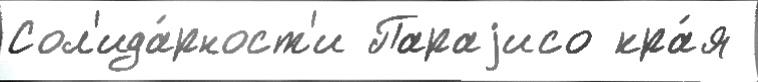
Сол'ида́рност'и Параjисо кра́я